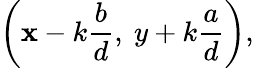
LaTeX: \left(\mathbf{x}-k{\frac{{b}}{{d}}},\ y+k{\frac{{a}}{{d}}}\right),